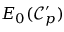
E _ { 0 } ( \mathcal { C } _ { p } ^ { \prime } )